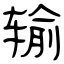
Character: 输